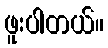
ဖူးပါတယ်။